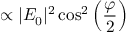
\propto | E _ { 0 } | ^ { 2 } \cos ^ { 2 } \left( \frac { \varphi } { 2 } \right)